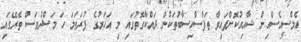
އެމްސީއެސްއިން ޝާއިއުކޮށްފައިވާ ތަފާސްހިސާބުތަކުން ދައްކާގޮތުގައި މި އަހަރުގެ ފުރަތަމަ ހަ މަސްދުވަސް ތެރޭގައި